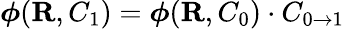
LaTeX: \boldsymbol{\phi}({\mathbf{R}},C_{1})=\boldsymbol{\phi}({\mathbf{R}},C_{0})\cdot C_{0\to 1}